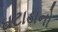
ઘટાડાનો